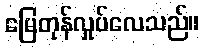
မြေတုန်လှုပ်လေသည်။